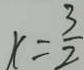
r = \frac { 3 } { 2 }